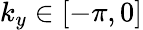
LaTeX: k_{y}\in[-\pi,0]